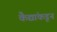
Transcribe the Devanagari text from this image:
कैद्यांकडून